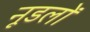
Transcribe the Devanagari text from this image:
नूडलों